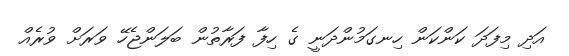
އަދި މިފަދަ ކަންކަން ހިނގަމުންދަނީ ގެ ހިފާ ފަރާތުން ބަލަންޖެހޭ ވަރަށް ވުރެއް